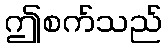
ဤစက်သည်